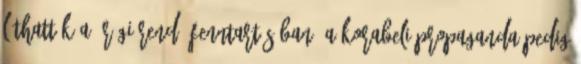
láthatták a „régi rend” fenntartásában. A korabeli propaganda pedig